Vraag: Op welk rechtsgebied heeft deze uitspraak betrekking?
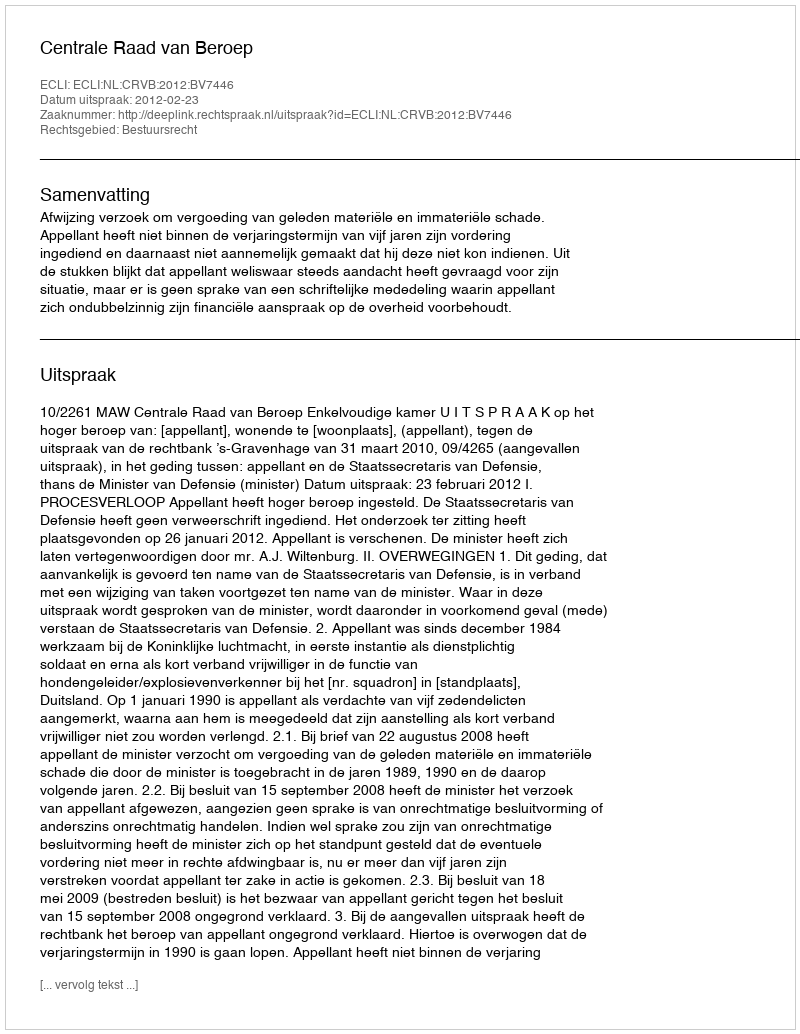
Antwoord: Bestuursrecht